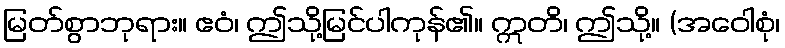
မြတ်စွာဘုရား။ ဧဝံ၊ ဤသို့မြင်ပါကုန်၏။ ဣတိ၊ ဤသို့။ (အဝေါစုံ၊